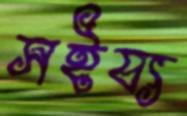
সইয্য